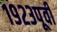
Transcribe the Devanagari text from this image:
१९२३पूर्वी